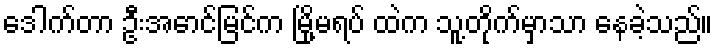
ဒေါက်တာ ဦးအောင်မြင်က မြို့မရပ် ထဲက သူ့တိုက်မှာသာ နေခဲ့သည်။